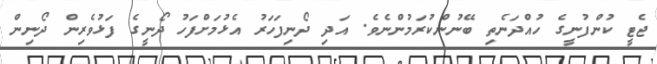
ޖެޓީ ކުންފުނީގެ ހުއްދަނެތި ބޭނުންކުރަމުންނެވެ. އަދި ދޯނިފަހަރު އެޅުމަށްފަހު ދޯނީގެ ފަޅުވެރިން ދޯނިން